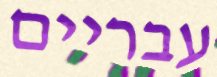
עבריים